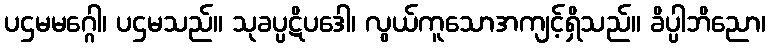
ပဌမမဂ္ဂေါ၊ ပဌမသည်။ သုခပ္ပဋိပဒေါ၊ လွယ်ကူသောအကျင့်ရှိသည်။ ခိပ္ပါဘိညော၊